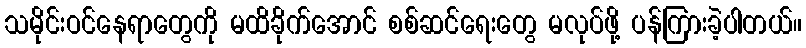
သမိုင်းဝင်နေရာတွေကို မထိခိုက်အောင် စစ်ဆင်ရေးတွေ မလုပ်ဖို့ ပန်ကြားခဲ့ပါတယ်။